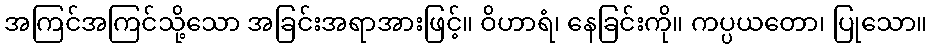
အကြင်အကြင်သို့သော အခြင်းအရာအားဖြင့်။ ဝိဟာရံ၊ နေခြင်းကို။ ကပ္ပယတော၊ ပြုသော။